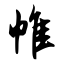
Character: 帷